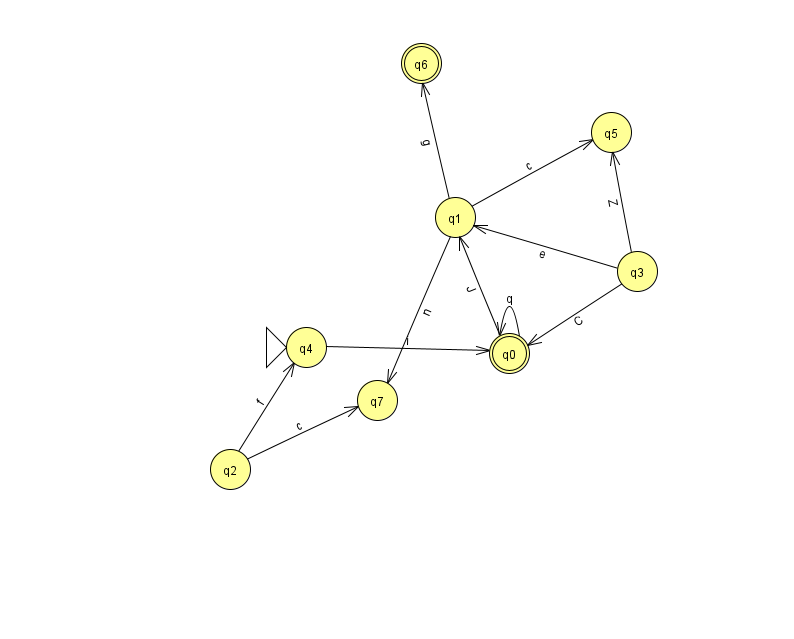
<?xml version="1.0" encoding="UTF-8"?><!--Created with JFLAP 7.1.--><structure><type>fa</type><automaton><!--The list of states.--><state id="0" name="q0"><x>509.0</x><y>340.0</y><final/></state><state id="1" name="q1"><x>455.0</x><y>204.0</y></state><state id="2" name="q2"><x>230.0</x><y>456.0</y></state><state id="3" name="q3"><x>637.0</x><y>258.0</y></state><state id="4" name="q4"><x>306.0</x><y>334.0</y><initial/></state><state id="5" name="q5"><x>611.0</x><y>119.0</y></state><state id="6" name="q6"><x>421.0</x><y>50.0</y><final/></state><state id="7" name="q7"><x>377.0</x><y>387.0</y></state><!--The list of transitions.--><transition><from>1</from><to>7</to><read>n</read></transition><transition><from>0</from><to>0</to><read>q</read></transition><transition><from>0</from><to>1</to><read>J</read></transition><transition><from>3</from><to>0</to><read>C</read></transition><transition><from>2</from><to>4</to><read>f</read></transition><transition><from>1</from><to>5</to><read>c</read></transition><transition><from>3</from><to>5</to><read>Z</read></transition><transition><from>3</from><to>1</to><read>e</read></transition><transition><from>4</from><to>0</to><read>i</read></transition><transition><from>1</from><to>6</to><read>g</read></transition><transition><from>2</from><to>7</to><read>c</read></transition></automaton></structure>